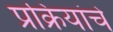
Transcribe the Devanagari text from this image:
प्रक्रियांचे